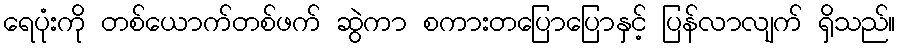
ရေပုံးကို တစ်ယောက်တစ်ဖက် ဆွဲကာ စကားတပြောပြောနှင့် ပြန်လာလျက် ရှိသည်။